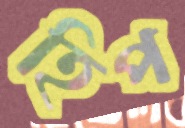
হিপ